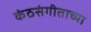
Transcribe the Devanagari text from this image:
कंठसंगीताच्या